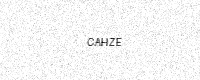
Text: CAHZE